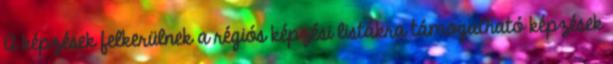
A képzések felkerülnek a régiós képzési listákra támogatható képzések